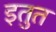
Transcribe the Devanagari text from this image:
इतुत